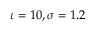
\iota = 1 0 , \sigma = 1 . 2